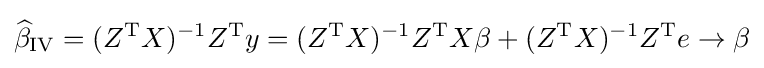
{\widehat {\beta }}_{\mathrm {IV} }=(Z^{\mathrm {T} }X)^{-1}Z^{\mathrm {T} }y=(Z^{\mathrm {T} }X)^{-1}Z^{\mathrm {T} }X\beta +(Z^{\mathrm {T} }X)^{-1}Z^{\mathrm {T} }e\rightarrow \beta